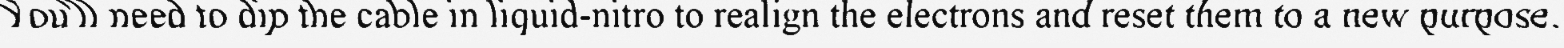
You'll need to dip the cable in liquid-nitro to realign the electrons and reset them to a new purpose.